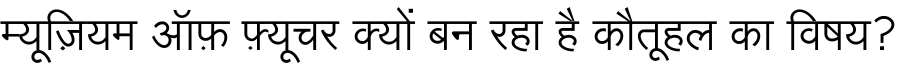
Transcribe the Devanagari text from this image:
म्यूज़ियम ऑफ़ फ़्यूचर क्यों बन रहा है कौतूहल का विषय?